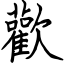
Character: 歡